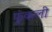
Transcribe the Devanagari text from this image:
फुंकली